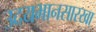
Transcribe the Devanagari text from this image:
उदयभानसारखा